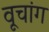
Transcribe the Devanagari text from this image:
वूचांग